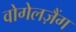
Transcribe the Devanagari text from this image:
वोगेलज़ैंग